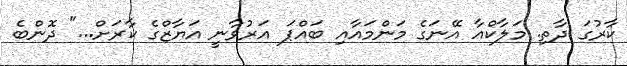
ކާރުގަ ދާތި. މަލާކްއާ އޭނަގެ މަންމައާއި ބައްޕަ އަރުވާނީ އަޔާޒްގެ ކާރަށް..." ދޮންބެ